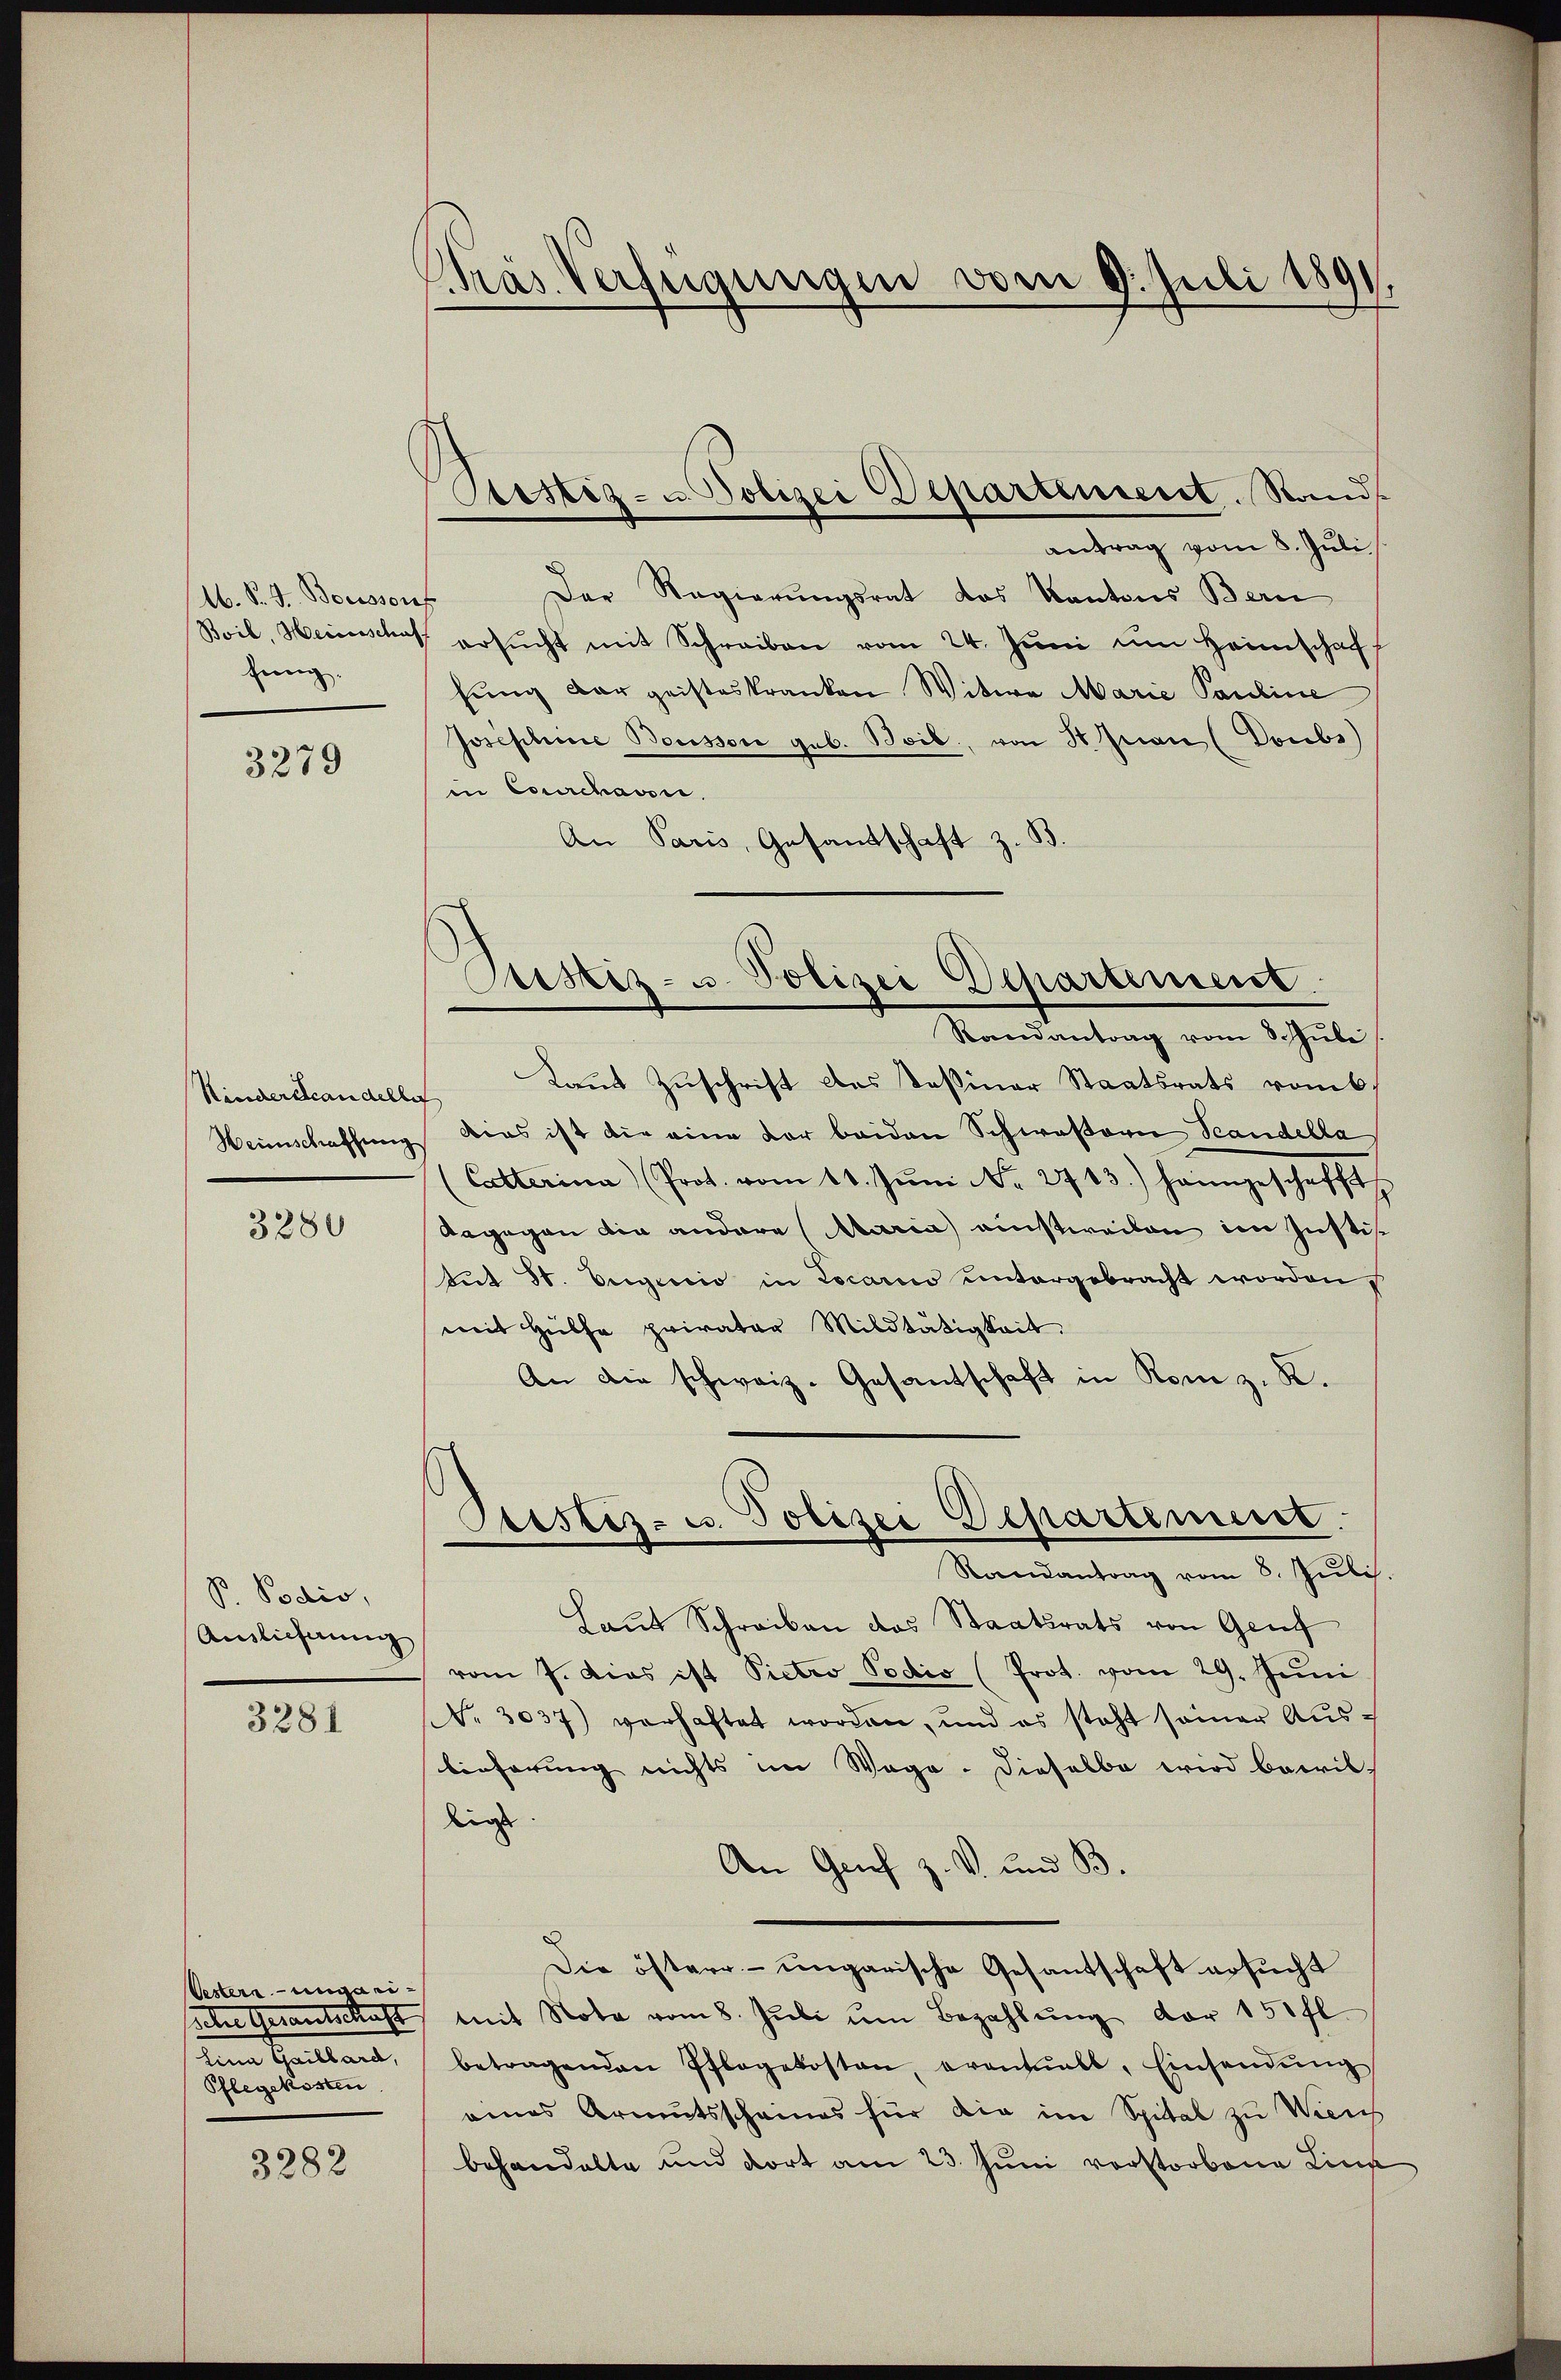
A. S. J. Bouissouf
Boil, Heinschaft
fung.

3279

Kinderstandello
Heimschaffung

3280

P. Podio,
Auslichnung

3281

Oestern-ungarilene Spillant,
Pflegekosten

3282

Pras Verfügungen vom 9. Juli 1891

Stistig- u. Polizei Departement. Stands

antrag vom 8. Juli
Der Regierŭngsrat das Kantons Bern
ersŭcht mit Schreiben vom 24. Jŭni im Heimschaff
fung der geisteskranken Witwe Marie Pauline
Josephine Boussore geb. Beil, von St. Jean (Doubs)
in Courchavon.
An Paris, Gesandschaft z. B.
Cristiz- u. Polizei Departement.
Randantrag vom 8. Juli
Laut Zuschrift das Teßiner Staatsrats vomb.
.
dies ist die eine der beiden Schwastori Scandella
(Catterina (Prot. vom 11. Jŭni No. 2713.) heimgeschafft
dagegen die andere Maria einstweilen im Justif¬
Aŭt St. Eugicio in Locario untergebracht worden,
mit Hülfe privater Mildtätigkeit.
An die schweiz. Gesandschaft in Rom z. K.

Geistes- u. Polizei Departement.
Randantrag vom 8. Juli.

Laut Schreiben das Staatsrats von Genf
vom 7. Dies ist Pietro Podio (Prot. vom 29. Juni
Nr. 3037) verhaftet worden, und es steht seiner Auslieferung nichts im Wege. Dieselbe wird bewil-
lig
An Grief z. V. und B.
Die österr. ungarische Gesantschaft ersucht
ehre Gesantschaft mit Nota vom 8. Jŭli ŭm Bezahlŭng vor 150 fl.
betragenden Pflegekosten, eventuell, Einsendŭng
eines Armutsscheines für die im Spital zu Wiens
behandelte und dort am 23. Juni vorstorbene Linz